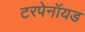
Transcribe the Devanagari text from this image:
टरपेनॉयड